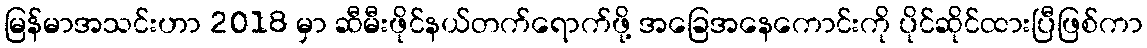
မြန်မာအသင်းဟာ 2018 မှာ ဆီမီးဖိုင်နယ်တက်ရောက်ဖို့ အခြေအနေကောင်းကို ပိုင်ဆိုင်ထားပြီဖြစ်ကာ